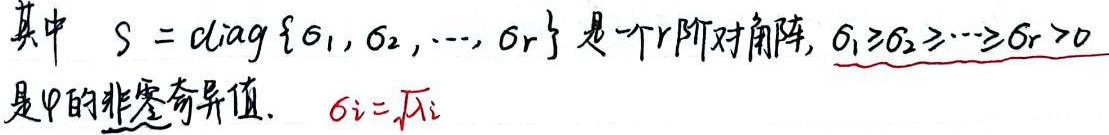
其中 \(S = \mathrm{diag}\{\sigma_{1}, \sigma_{2}, \cdots, \sigma_{r}\}\) 是一个\(r\)阶对角阵，\(\sigma_{1}\geq\sigma_{2}\geq\cdots\geq\sigma_{r}>0\) 是\(\varPhi\)的非零奇异值。\(\sigma_{i}=\sqrt{\lambda_{i}}\)